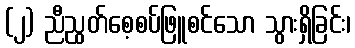
(၂) ညီညွတ်စေ့စပ်ဖြူစင်သော သွားရှိခြင်း၊